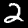
Digit: 2